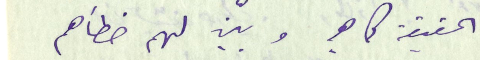
الحقيقة كما هي وبيّن لهم خطأهم